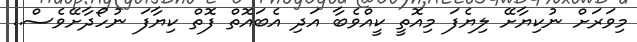
މިވަރަށް ނުކިޔާށޭ ލިޔެފަ މިއޮތީ ކީއްވެބާ އަދި އެބައޮތް ފޮތް ކިޔާފަ ނުހޯދާށޭވެސް..